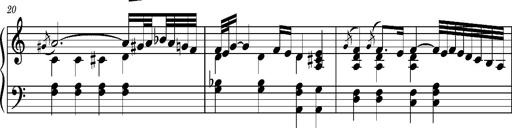
Title: Ungarischer Romanzero
Composer: Franz Liszt